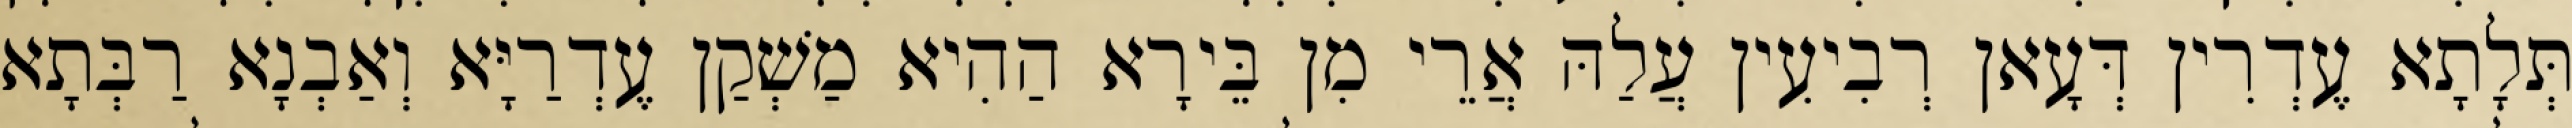
תְּלָתָא עֶדְרִין דְּעָאן רְבִיעִין עֲלַהּ אֲרֵי מִן בֵּירָא הַהִיא מַשְׁקַן עֶדְרַיָּא וְאַבְנָא רַבְּתָא